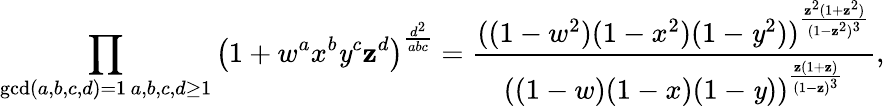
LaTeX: \prod_{\substack{\operatorname*{gcd}(a,b,c,d)=1\, a,b,c,d\geq1}}\left(1+w^{a}x^{b}\mathit{y}^{c}\mathbf{z}^{d}\right)^{\frac{{d^{2}}}{{abc}}}=\frac{{((1-w^{2})(1-x^{2})(1-\mathit{y}^{2}))^{\frac{{\mathbf{z}^{2}(1+\mathbf{z}^{2})}}{{(1-\mathbf{z}^{2})^{3}}}}}}{{((1-w)(1-x)(1-\mathit{y}))^{\frac{{\mathbf{z}(1+\mathbf{z})}}{{(1-\mathbf{z})^{3}}}}}},